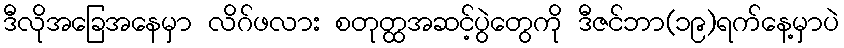
ဒီလိုအခြေအနေမှာ လိဂ်ဖလား စတုတ္ထအဆင့်ပွဲတွေကို ဒီဇင်ဘာ(၁၉)ရက်နေ့မှာပဲ